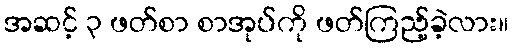
အဆင့် ၃ ဖတ်စာ စာအုပ်ကို ဖတ်ကြည့်ခဲ့လား။